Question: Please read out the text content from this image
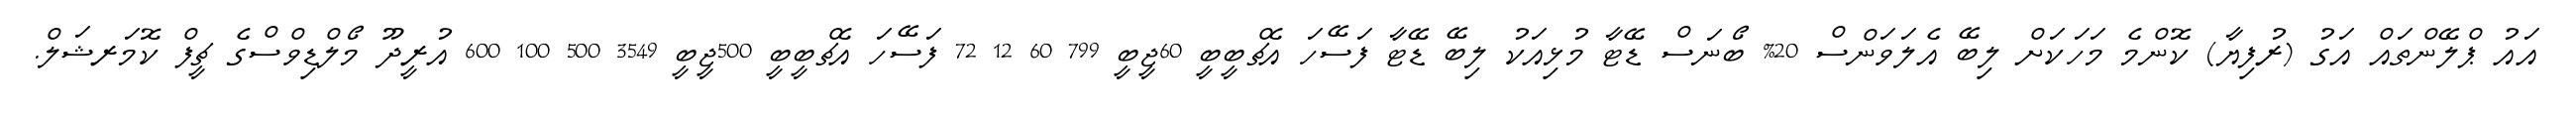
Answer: އައު ޕްލޭންތައް އަގު (ރުފިޔާ) ކޮންމެ މަހަކަށް ލިބޭ އެލަވަންސް 20% ބޯނަސް ޑޭޓާ މުޅިއަކު ލިބޭ ޑޭޓާ ފަސޭހަ އެޗްބީބީ 60ޖީބީ 799 60 12 72 ފަސޭހަ އެޗްބީބީ 500ޖީބީ 3549 500 100 600 އުރީދޫ މޯލްޑިވްސްގެ ޗީފް ކޮމަރޝަލް.